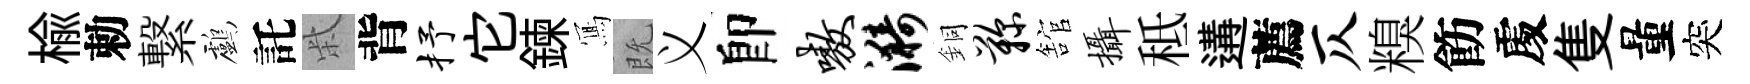
榆勅繋鸕託柴背抒它鍊𭂁既义卽嗷漪銅鞠舘摄秪遘薦仄糗飭𠁅隻量突